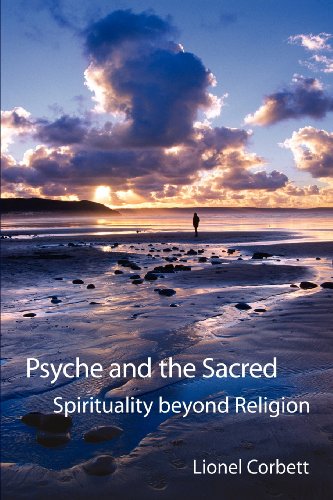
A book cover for Psyche and the Sacred: Spirituality Beyond Religion; Lionel Corbett; Religion & Spirituality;